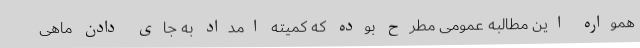
همواره این مطالبه عمومی مطرح بوده که کمیته امداد به جای دادن ماهی